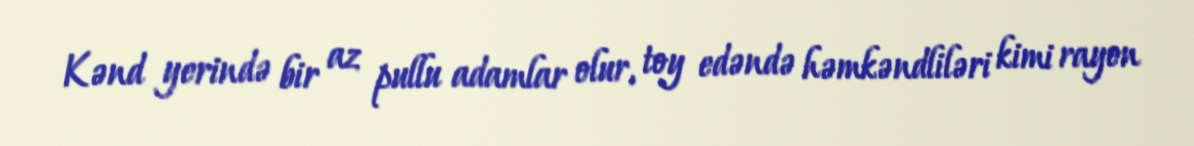
Kənd yerində bir az pullu adamlar olur, toy edəndə həmkəndliləri kimi rayon